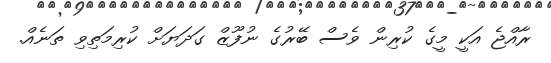
ރާއްޖެ އަކީ މީގެ ކުރިން ވެސް ބޭރުގެ ނުފޫޒް ގަދަޔަށް ކުރިމަތިވި ތަނެއް.